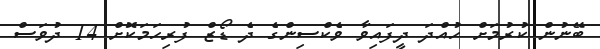
ބޭނުން ކުރުމަށް ހުއްދަ ދީފައިވާ ވެކްސިންގެ ދެ ޑޯޒް ފުރިހަމަކޮށް 14 ދުވަސް